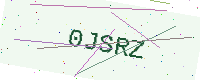
Text: 0JSRZ